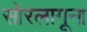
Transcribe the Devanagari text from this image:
सोरलागूना